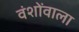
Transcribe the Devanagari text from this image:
वंशोंवाला